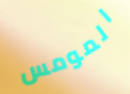
المومس